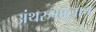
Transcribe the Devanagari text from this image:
अंथरुणालाच